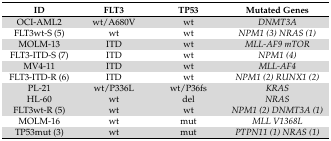
<table><thead><tr><td><b>ID</b></td><td><b>FLT3</b></td><td><b>TP53</b></td><td><b>Mutated Genes</b></td></tr></thead><tbody><tr><td>OCI-AML2</td><td>wt/A680V</td><td>wt</td><td><i>DNMT3A</i></td></tr><tr><td>FLT3wt-S (5)</td><td>wt</td><td>wt</td><td><i>NPM1 (3) NRAS (1)</i></td></tr><tr><td>MOLM-13</td><td>ITD</td><td>wt</td><td><i>MLL-AF9 mTOR</i></td></tr><tr><td>FLT3-ITD-S (7)</td><td>ITD</td><td>wt</td><td><i>NPM1 (4)</i></td></tr><tr><td>MV4-11</td><td>ITD</td><td>wt</td><td><i>MLL-AF4</i></td></tr><tr><td>FLT3-ITD-R (6)</td><td>ITD</td><td>wt</td><td><i>NPM1 (2) RUNX1 (2)</i></td></tr><tr><td>PL-21</td><td>wt/P336L</td><td>wt/P36fs</td><td><i>KRAS</i></td></tr><tr><td>HL-60</td><td>wt</td><td>del</td><td><i>NRAS</i></td></tr><tr><td>FLT3wt-R (5)</td><td>wt</td><td>wt</td><td><i>NPM1 (2) DNMT3A (1)</i></td></tr><tr><td>MOLM-16</td><td>wt</td><td>mut</td><td><i>MLL V1368L</i></td></tr><tr><td>TP53mut (3)</td><td>wt</td><td>mut</td><td><i>PTPN11 (1) NRAS (1)</i></td></tr></tbody></table>